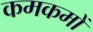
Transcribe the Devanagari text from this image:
कमकमों